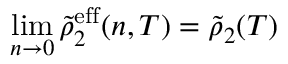
\operatorname* { l i m } _ { n \to 0 } \tilde { \rho } _ { 2 } ^ { \mathrm { e f f } } ( n , T ) = \tilde { \rho } _ { 2 } ( T )